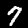
Digit: 7